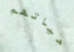
حياتهم